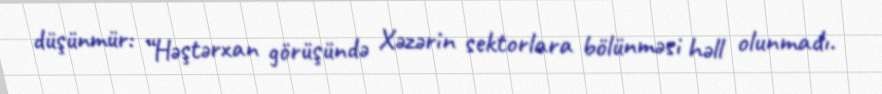
düşünmür: “Həştərxan görüşündə Xəzərin sektorlara bölünməsi həll olunmadı.